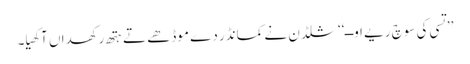
’’تسی کی سوچ ریے اوــ‘‘ شلڈن نے کمانڈر دے موڈھے تے ہتھ رکھداں آکھیا۔